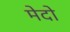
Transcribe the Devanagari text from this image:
मेदो